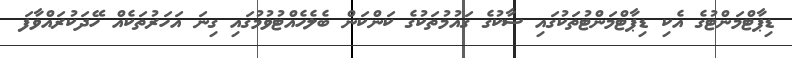
ޑިޕާޓްމަންޓުގެ އެކި ޑިޕާޓްމަންޓުތަކުގައި ސާކުގެ ގައުމުތަކުގެ ކަންކަން ބެލެހެއްޓުވުމުގައި ގިނަ އަހަރުތަކެއް ހޭދަކުރައްވާފަ